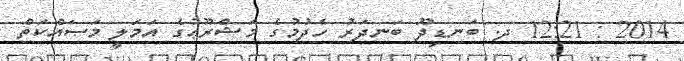
2014 : 12:21 ދ. ބަނޑިދޫ ބަނދަރު ހެދުމުގެ މަޝްރޫޢުގެ އަމަލީ މަސައްކަތް